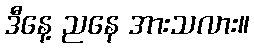
ဒီနေ့ ညနေ အားသလား။